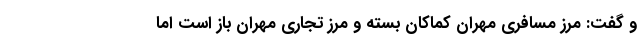
و گفت: مرز مسافری مهران کماکان بسته و مرز تجاری مهران باز است اما